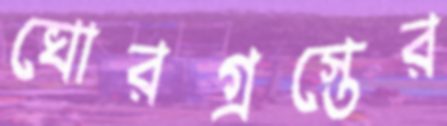
ঘোরগ্রস্তের